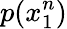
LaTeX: p(x_{1}^{n})